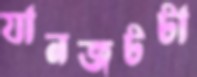
যানজটটা